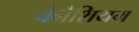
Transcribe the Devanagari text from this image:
बेनेशियम